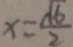
x = \frac { \sqrt { 6 } } { 2 }